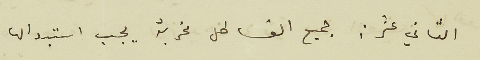
الثاني عشر : جميع القساطل مخربة يجب استبدالها